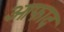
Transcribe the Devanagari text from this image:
आफाद